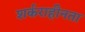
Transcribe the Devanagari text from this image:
शर्कराहीनता